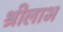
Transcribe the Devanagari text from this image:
श्रीलाभ